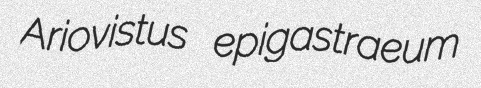
Ariovistus epigastraeum